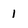
Character: 1